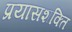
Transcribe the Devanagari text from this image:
प्रयासशक्ति